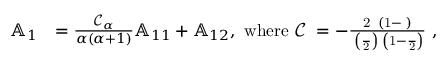
\begin{array} { r l } { \mathbb { A } _ { 1 } } & { = \frac { \mathcal { C } _ { \alpha } } { \alpha ( \alpha + 1 ) } \mathbb { A } _ { 1 1 } + \mathbb { A } _ { 1 2 } , \mathrm { ~ w h e r e ~ \mathcal { C } _ { \alpha } = - \frac { 2 \pi \Gamma ( 1 - \alpha ) } { \Gamma \left( \frac { \alpha } { 2 } \right) \Gamma \left( 1 - \frac { \alpha } { 2 } \right) } ~ , } } \end{array}